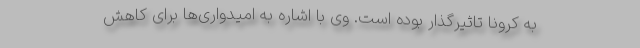
به کرونا تاثیرگذار بوده است. وی با اشاره به امیدواری‌ها برای کاهش